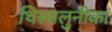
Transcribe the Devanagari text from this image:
थिस्सलुनीका